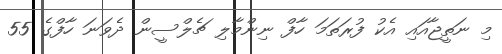
މި ނަތީޖާއައި އެކު ފުރަތަމަ ހާފް ނިންމާލި ޗެލްސީން ދެވަނަ ހާފްގެ 55